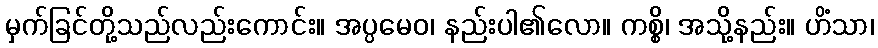
မှက်ခြင်တို့သည်လည်းကောင်း။ အပ္ပမေဝ၊ နည်းပါ၏လော။ ကစ္စိ၊ အသို့နည်း။ ဟိံသာ၊